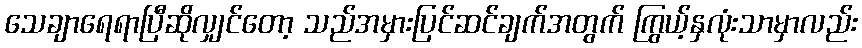
သေချာရေရာပြီဆိုလျှင်တော့ သည်အမှားပြင်ဆင်ချက်အတွက် ကြွယ့်နှလုံးသာမှာလည်း